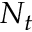
N _ { t }